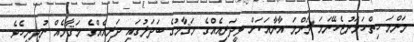
މަންމަ ހިތްހަމަނުޖެހޭނަމަ މަންމަ އާނާއަކަށް ޅީދަރިއެއްގެ މަޤާމުގެ ބަދަލުގައި ދަރިއެއްގެ މަޤާމެއް ނުދިނީހެވެ.